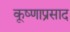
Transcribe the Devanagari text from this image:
कृ्ष्णाप्रसाद